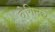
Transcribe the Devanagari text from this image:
बेगिनचे